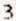
3